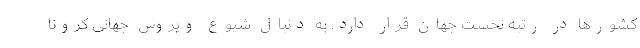
کشورها در رتبه نخست جهان قرار دارد. به دنبال شیوع ویروس جهانی کرونا